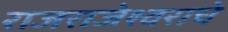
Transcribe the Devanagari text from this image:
राजराजेश्वराचे